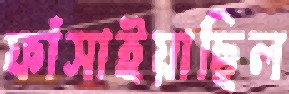
ফাঁসাইয়াছিল